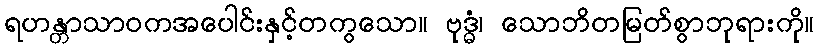
ရဟန္တာသာဝကအပေါင်းနှင့်တကွသော။ ဗုဒ္ဓံ၊ သောဘိတမြတ်စွာဘုရားကို။